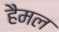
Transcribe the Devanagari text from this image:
हैमल